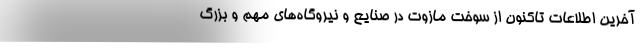
آخرین اطلاعات تاکنون از سوخت مازوت در صنایع و نیروگاه‌های مهم و بزرگ